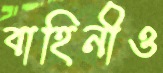
বাহিনীও